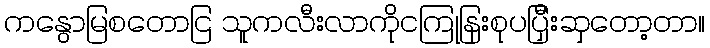
ကနွောမြစတောငြ သူကလီးလာကိုငကြုနြးစုပပြှီးဆှတော့တာ။